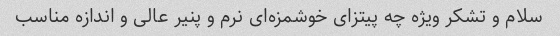
سلام و تشکر ویژه چه پیتزای خوشمزه‌ای نرم و پنیر عالی و اندازه مناسب ‌